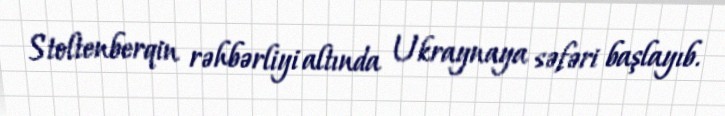
Stoltenberqin rəhbərliyi altında Ukraynaya səfəri başlayıb.